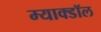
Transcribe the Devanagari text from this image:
म्याक्डॉल